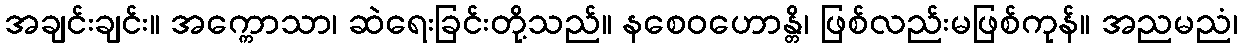
အချင်းချင်း။ အက္ကောသာ၊ ဆဲရေးခြင်းတို့သည်။ နစေဝဟောန္တိ၊ ဖြစ်လည်းမဖြစ်ကုန်။ အညမညံ၊